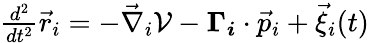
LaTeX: \begin{array}{r}{\frac{d^{2}}{dt^{2}}\vec{r}_{i}=-\vec{\nabla}_{i}\mathcal{V}-\boldsymbol{\Gamma_{i}}\cdot\vec{p}_{i}+\vec{\xi}_{i}(t)}\end{array}